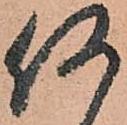
何